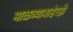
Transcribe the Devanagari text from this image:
माळव्याबाहेरही